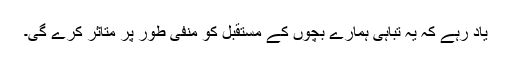
یاد رہے کہ یہ تباہی ہمارے بچوں کے مستقبل کو منفی طور پر متاثر کرے گی۔